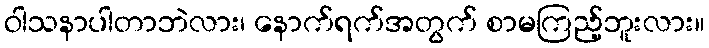
ဝါသနာပါတာဘဲလား၊ နောက်ရက်အတွက် စာမကြည့်ဘူးလား။